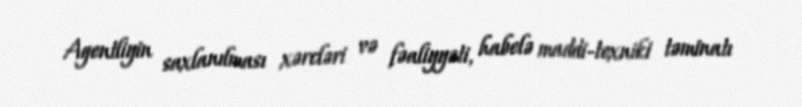
Agentliyin saxlanılması xərcləri və fəaliyyəti, habelə maddi-texniki təminatı